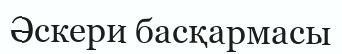
Әскери басқармасы